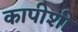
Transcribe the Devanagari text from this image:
कापीशी